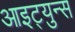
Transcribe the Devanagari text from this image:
आइट्युन्स